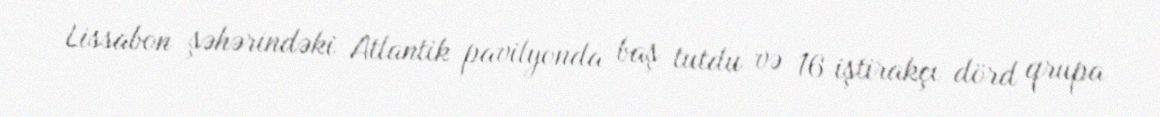
Lissabon şəhərindəki Atlantik pavilyonda baş tutdu və 16 iştirakçı dörd qrupa